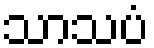
သာသပံ